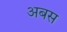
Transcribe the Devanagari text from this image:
अबस